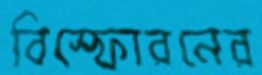
বিস্ফোরনের